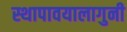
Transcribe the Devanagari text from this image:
स्थापावयालागुनी